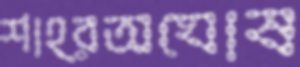
শাহ্রঅঘোষ